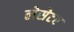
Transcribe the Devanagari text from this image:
लेसेटर